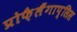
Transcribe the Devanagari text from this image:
प्रोफ़ैलैंगाप्सिस